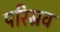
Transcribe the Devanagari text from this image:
परिस्रव